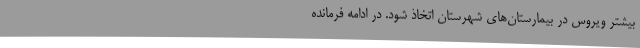
بیشتر ویروس در بیمارستان‌های شهرستان اتخاذ شود. در ادامه فرمانده